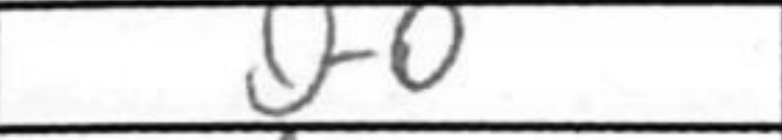
Transcription: O-O